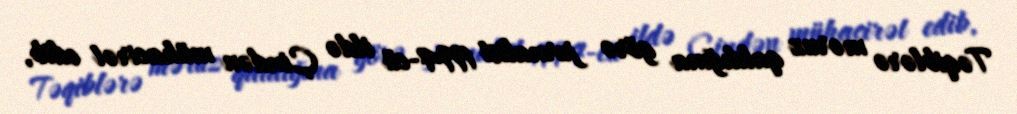
Təqiblərə məruz qaldığına görə jurnalist 1994-cü ildə Çindən mühacirət edib,